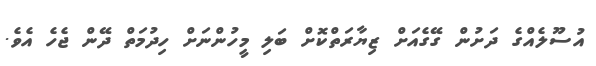
އުސޫލެއްގެ ދަށުން ގޭގެއަށް ޒިޔާރަތްކޮށް ބަލި މީހުންނަށް ހިދުމަތް ދޭން ޖެހެ އެވެ.